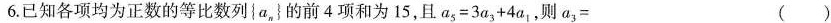
6.已知各项均为正数的等比数列{a_{n}}的前4项和为15，且$$a _ { 5 } = 3 a _ { 3 } + 4 a _ { 1 }$$，则$$a _ { 3 } =$$( )